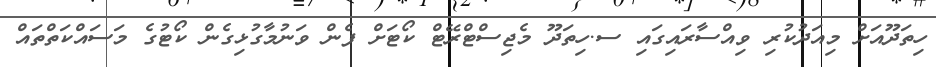
ހިތަދޫއަށް މިއަދުކުރި ވިއްސާރައިގައި ސ.ހިތަދޫ މެޖިސްޓްރޭޓް ކޯޓަށް ފެން ވަނުމާގުޅިގެން ކޯޓުގެ މަސައްކަތްތައް